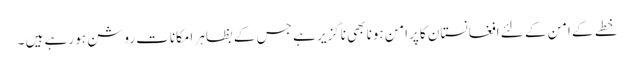
خطے کے امن کے لئے افغانستان کا پرامن ہونا بھی ناگزیر ہے جس کے بظاہر امکانات روشن ہو رہے ہیں ۔